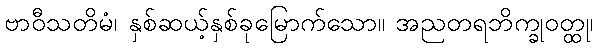
ဗာဝီသတိမံ၊ နှစ်ဆယ့်နှစ်ခုမြောက်သော။ အညတရဘိက္ခုဝတ္ထု၊